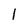
Character: l